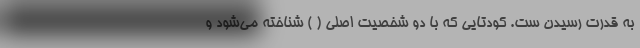
به قدرت رسیدن ست. کودتایی که با دو شخصیت اصلی ( ) شناخته می‌شود و